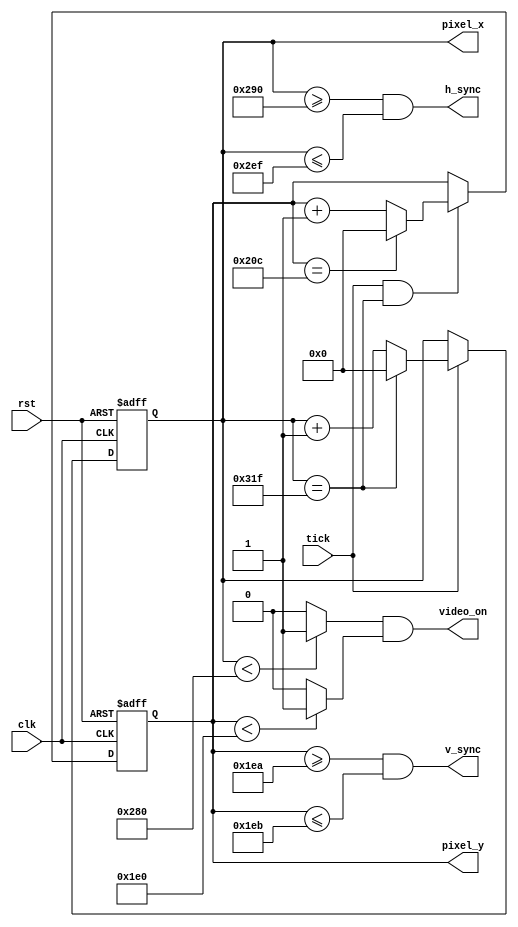
`timescale 1ns / 1ps

/***************************************************************************
 * Project: Project 02
 * Designer: Juan Saavedra
 * Rev. Date: February 4th
 *
 * Purpose: Uses a mod 800 counter and a mod 525 counter to generate V sync, 
 * h sync and video on signals. Additionally, the value of the 800 counter is
 * used as the pixel_x value and the mod 525 coutner value is used as the 
 * pixel_y value.
 * 
 * Notes:  
***************************************************************************/


module vga_sync(
    input           clk         ,
                    rst         ,
                    tick        ,
    output          video_on    ,
                    h_sync      ,
                    v_sync      ,
    output  [9:0]   pixel_x     ,
                    pixel_y
    );
    
    /***************************************************************************
     * Constants for Horizontal Sync Signal
     ***************************************************************************/
    localparam  HD      =   640     ;
    localparam  HLB     =   48      ;
    localparam  HRB     =   16      ;
    localparam  HR      =   96      ;
    localparam  H_END   =   HD + HLB + HRB + HR - 1;
    
    /***************************************************************************
     * Constants for Vertical Sync Signal
     ***************************************************************************/
    localparam  VD      =   480     ;
    localparam  VLB     =   33      ;
    localparam  VRB     =   10      ;
    localparam  VR      =   2       ;
    localparam  V_END   =   VD + VLB + VRB + VR - 1;
    
    /***************************************************************************
     * Wire declarations
     ***************************************************************************/
    wire            h_video_on  ,
                    v_video_on  ;

    /***************************************************************************
     * Register declarations
     ***************************************************************************/
    reg     [9:0]   h_count     ,
                    v_count     ,
                    h_count_next,
                    v_count_next;
                    
    /***************************************************************************
     * Procedural block for handling reset of count varialbes
     * and assignment of count_next variables to count variables
     ***************************************************************************/
    
    always @ (posedge clk or posedge rst)
    begin
        if (rst)
        begin
            h_count <= 10'b0;
            v_count <= 10'b0;
        end
        else
        begin
            h_count     <=  h_count_next;
            v_count     <=  v_count_next;
        end
    end
    
    /***************************************************************************
     * Mod 800 counter
     ***************************************************************************/
   always @(*)
       if (tick)
           begin
           if (h_count == H_END)
               h_count_next = 10'b0;
           else
               h_count_next = h_count + 10'b1;
           end
       else
           h_count_next = h_count;

    /***************************************************************************
     * Mod 525 counter
     ***************************************************************************/
   always @(*)
       if (tick & (h_count == H_END))
           begin
           if (v_count == V_END)
               v_count_next = 10'b0;
           else
               v_count_next = v_count + 10'b1;
           end
       else
           v_count_next = v_count;
    
    /***************************************************************************
     * h_sync and v_sync
     ***************************************************************************/
    assign h_sync  = ( h_count >= (HD + HRB) &&
                       h_count <= (HD + HRB + HR - 1));
                
    assign v_sync  = ( v_count >= (VD + VRB) &&
                       v_count <= (VD + VRB + VR - 1));
    /***************************************************************************
     * h_video_on and v_video_on
     ***************************************************************************/
    assign h_video_on   = ( h_count < HD) ? 1'b1 : 1'b0 ;
    assign v_video_on   = ( v_count < VD) ? 1'b1 : 1'b0 ;
    
    /***************************************************************************
     * video_on is asserted when both h_video_on and v_video_on are asserted
     ***************************************************************************/
    assign video_on     = ( h_video_on && v_video_on)   ;
    
    /***************************************************************************
     * The value of pixel_x is obtained from h_count
     * The value of pixel_y is obtained from v_count
     ***************************************************************************/
    assign pixel_x  =   h_count     ;
    assign pixel_y  =   v_count     ;

    endmodule